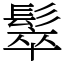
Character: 䯿